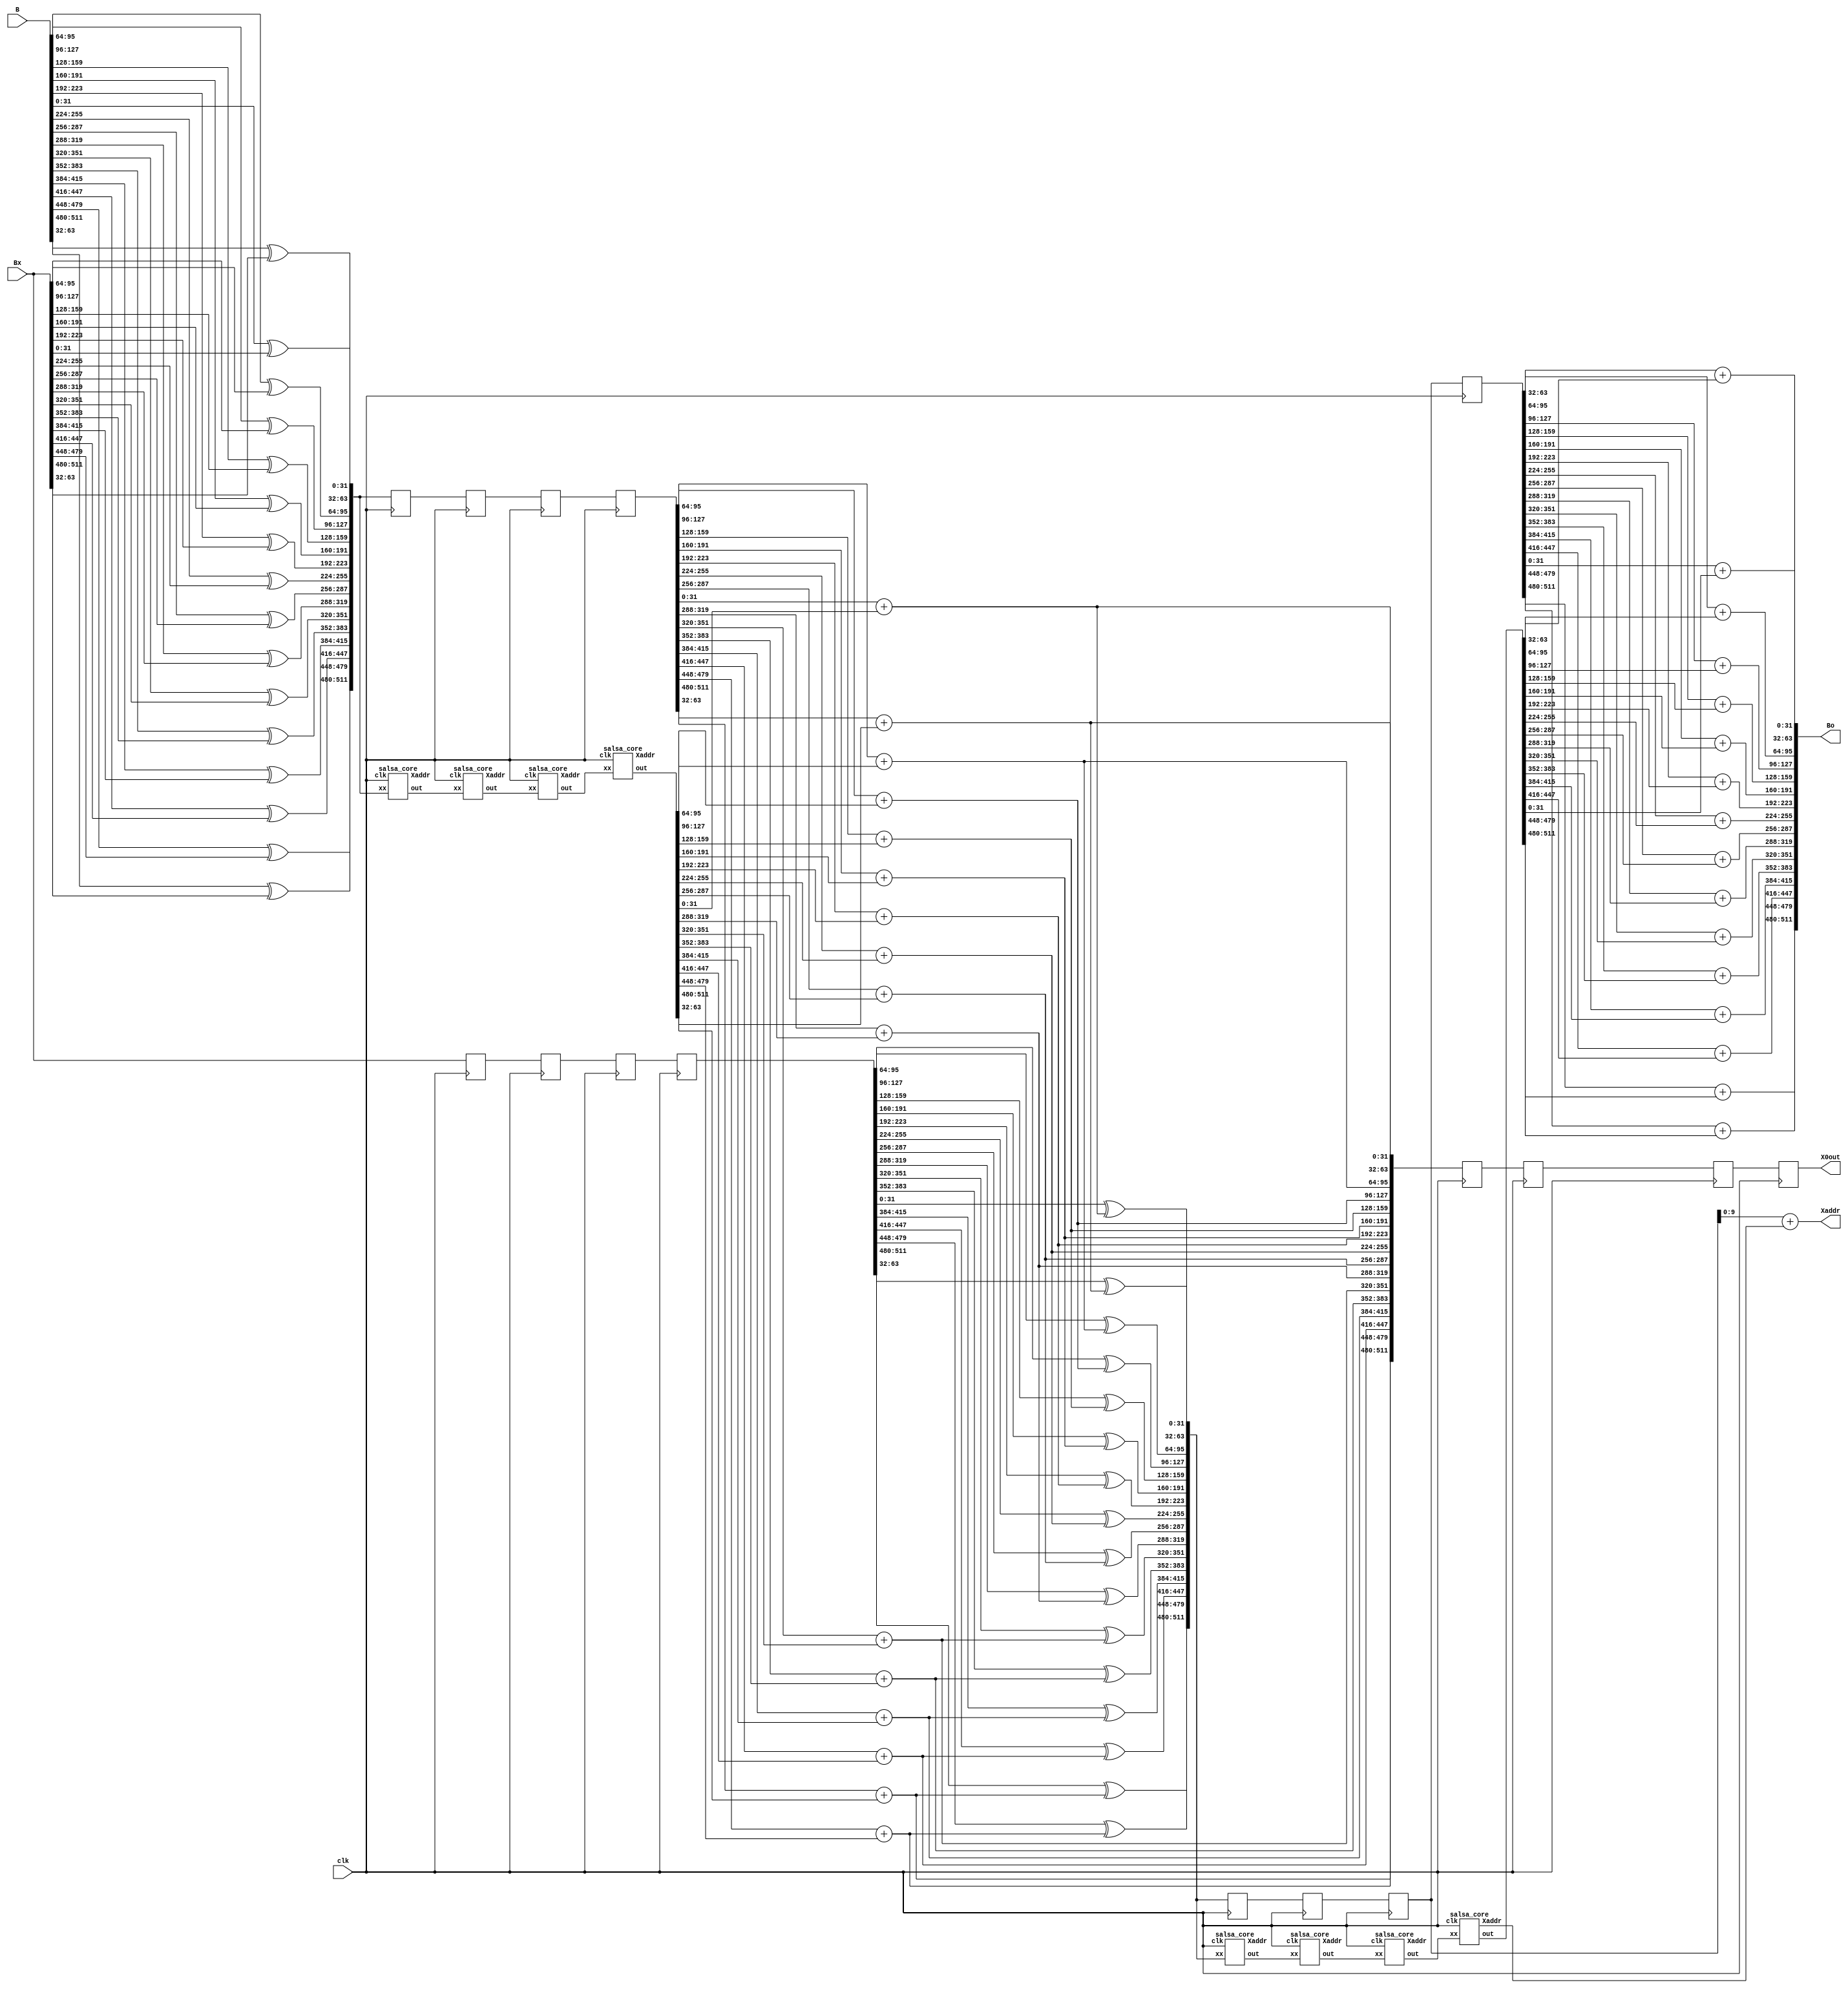
// This program was cloned from: https://github.com/kramble/FPGA-Litecoin-Miner
// License: GNU General Public License v3.0

/* salsa_sloweight.v
*
* Copyright (c) 2013 kramble
* Derived from scrypt.c Copyright 2009 Colin Percival, 2011 ArtForz
*
* This program is free software: you can redistribute it and/or modify
* it under the terms of the GNU General Public License as published by
* the Free Software Foundation, either version 3 of the License, or
* (at your option) any later version.
*
* This program is distributed in the hope that it will be useful,
* but WITHOUT ANY WARRANTY; without even the implied warranty of
* MERCHANTABILITY or FITNESS FOR A PARTICULAR PURPOSE.  See the
* GNU General Public License for more details.
*
* You should have received a copy of the GNU General Public License
* along with this program.  If not, see <http://www.gnu.org/licenses/>.
* 
*/

`timescale 1ns/1ps

`define IDX(x) (((x)+1)*(32)-1):((x)*(32))

module salsa (clk, B, Bx, Bo, X0out, Xaddr);

// Latency 8 clock cycles, approx 40nS propagation delay (SLOW!)

input clk;
// input feedback;
input [511:0]B;
input [511:0]Bx;
// output reg [511:0]Bo;	// Output is registered
output [511:0]Bo;			// Output is async
output [511:0]X0out;		// Becomes new X0
output [9:0] Xaddr;
wire [9:0] xa1, xa2, xa3, xa4, ya1, ya2, ya3, ya4;

reg [511:0]x1d1;
reg [511:0]x1d2;
reg [511:0]x1d3;
reg [511:0]x1d4;

reg [511:0]Xod1;
reg [511:0]Xod2;
reg [511:0]Xod3;
reg [511:0]X0out;

reg [511:0]xxd1;
reg [511:0]xxd2;
reg [511:0]xxd3;
reg [511:0]xxd4;

reg [511:0]yyd1;
reg [511:0]yyd2;
reg [511:0]yyd3;
reg [511:0]yyd4;

wire [511:0]xx;			// Initial xor
wire [511:0]x1;			// Salasa core outputs
wire [511:0]x2;
wire [511:0]x3;
wire [511:0]xr;
wire [511:0]Xo;

// Four salsa iterations. NB use registered salsa_core so 4 clock cycles.
salsa_core salsax1 (clk, xx, x1, xa1);
salsa_core salsax2 (clk, x1, x2, xa2);
salsa_core salsax3 (clk, x2, x3, xa3);
salsa_core salsax4 (clk, x3, xr, xa4);

wire [511:0]yy;			// Initial xor
wire [511:0]y1;			// Salasa core outputs
wire [511:0]y2;
wire [511:0]y3;
wire [511:0]yr;

// Four salsa iterations. NB use registered salsa_core so 4 clock cycles.
salsa_core salsay1 (clk, yy, y1, ya1);
salsa_core salsay2 (clk, y1, y2, ya2);
salsa_core salsay3 (clk, y2, y3, ya3);
salsa_core salsay4 (clk, y3, yr, ya4);

assign Xaddr = yyd3[9:0] + ya4;

genvar i;
generate
	for (i = 0; i < 16; i = i + 1) begin : XX
		// Initial XOR. NB this adds to the propagation delay of the first salsa, may want register it.
		assign xx[`IDX(i)] = B[`IDX(i)] ^ Bx[`IDX(i)];
		assign Xo[`IDX(i)] = xxd4[`IDX(i)] + xr[`IDX(i)];
		assign yy[`IDX(i)] = x1d4[`IDX(i)] ^ Xo[`IDX(i)];
		assign Bo[`IDX(i)] = yyd4[`IDX(i)] + yr[`IDX(i)];	// Async output
	end
endgenerate

always @ (posedge clk)
begin
	x1d1 <= Bx;
	x1d2 <= x1d1;
	x1d3 <= x1d2;
	x1d4 <= x1d3;
	Xod1 <= Xo;
	Xod2 <= Xod1;
	Xod3 <= Xod2;
	X0out <= Xod3;	// We output this to become new X0

	xxd1 <= xx;
	xxd2 <= xxd1;
	xxd3 <= xxd2;
	xxd4 <= xxd3;

	yyd1 <= yy;
	yyd2 <= yyd1;
	yyd3 <= yyd2;
	yyd4 <= yyd3;
end

endmodule

module salsa_core (clk, xx, out, Xaddr);

input clk;
input [511:0]xx;
output reg [511:0]out;		// Output is registered
// output [511:0]out;		// Output is unregistered
output [9:0] Xaddr;

// This is clunky due to my lack of verilog skills but it works so elegance can come later

wire [31:0]c00;			// Column results
wire [31:0]c01;
wire [31:0]c02;
wire [31:0]c03;
wire [31:0]c04;
wire [31:0]c05;
wire [31:0]c06;
wire [31:0]c07;
wire [31:0]c08;
wire [31:0]c09;
wire [31:0]c10;
wire [31:0]c11;
wire [31:0]c12;
wire [31:0]c13;
wire [31:0]c14;
wire [31:0]c15;

wire [31:0]r00;			// Row results
wire [31:0]r01;
wire [31:0]r02;
wire [31:0]r03;
wire [31:0]r04;
wire [31:0]r05;
wire [31:0]r06;
wire [31:0]r07;
wire [31:0]r08;
wire [31:0]r09;
wire [31:0]r10;
wire [31:0]r11;
wire [31:0]r12;
wire [31:0]r13;
wire [31:0]r14;
wire [31:0]r15;

wire [31:0]c00s;			// Column sums
wire [31:0]c01s;
wire [31:0]c02s;
wire [31:0]c03s;
wire [31:0]c04s;
wire [31:0]c05s;
wire [31:0]c06s;
wire [31:0]c07s;
wire [31:0]c08s;
wire [31:0]c09s;
wire [31:0]c10s;
wire [31:0]c11s;
wire [31:0]c12s;
wire [31:0]c13s;
wire [31:0]c14s;
wire [31:0]c15s;

wire [31:0]r00s;			// Row sums
wire [31:0]r01s;
wire [31:0]r02s;
wire [31:0]r03s;
wire [31:0]r04s;
wire [31:0]r05s;
wire [31:0]r06s;
wire [31:0]r07s;
wire [31:0]r08s;
wire [31:0]r09s;
wire [31:0]r10s;
wire [31:0]r11s;
wire [31:0]r12s;
wire [31:0]r13s;
wire [31:0]r14s;
wire [31:0]r15s;

/* From scrypt.c

#define R(a,b) (((a) << (b)) | ((a) >> (32 - (b))))
	for (i = 0; i < 8; i += 2) {
		// Operate on columns
		x04 ^= R(x00+x12, 7);	x09 ^= R(x05+x01, 7);	x14 ^= R(x10+x06, 7);	x03 ^= R(x15+x11, 7);
		x08 ^= R(x04+x00, 9);	x13 ^= R(x09+x05, 9);	x02 ^= R(x14+x10, 9);	x07 ^= R(x03+x15, 9);
		x12 ^= R(x08+x04,13);	x01 ^= R(x13+x09,13);	x06 ^= R(x02+x14,13);	x11 ^= R(x07+x03,13);
		x00 ^= R(x12+x08,18);	x05 ^= R(x01+x13,18);	x10 ^= R(x06+x02,18);	x15 ^= R(x11+x07,18);

		// Operate on rows
		x01 ^= R(x00+x03, 7);	x06 ^= R(x05+x04, 7);	x11 ^= R(x10+x09, 7);	x12 ^= R(x15+x14, 7);
		x02 ^= R(x01+x00, 9);	x07 ^= R(x06+x05, 9);	x08 ^= R(x11+x10, 9);	x13 ^= R(x12+x15, 9);
		x03 ^= R(x02+x01,13);	x04 ^= R(x07+x06,13);	x09 ^= R(x08+x11,13);	x14 ^= R(x13+x12,13);
		x00 ^= R(x03+x02,18);	x05 ^= R(x04+x07,18);	x10 ^= R(x09+x08,18);	x15 ^= R(x14+x13,18);
	}
*/

// cols

assign c04s = xx[`IDX(0)] + xx[`IDX(12)];
assign c04 = xx[`IDX(4)] ^ { c04s[24:0], c04s[31:25] };
assign c09s = xx[`IDX(5)] + xx[`IDX(1)];
assign c09 = xx[`IDX(9)] ^ { c09s[24:0], c09s[31:25] };
assign c14s = xx[`IDX(10)] + xx[`IDX(6)];
assign c14 = xx[`IDX(14)] ^ { c14s[24:0], c14s[31:25] };
assign c03s = xx[`IDX(15)] + xx[`IDX(11)];
assign c03 = xx[`IDX(03)] ^ { c03s[24:0], c03s[31:25] };

assign c08s = c04 + xx[`IDX(0)];
assign c08 = xx[`IDX(8)] ^ { c08s[22:0], c08s[31:23] };
assign c13s = c09 + xx[`IDX(5)];
assign c13 = xx[`IDX(13)] ^ { c13s[22:0], c13s[31:23] };
assign c02s = c14 + xx[`IDX(10)];
assign c02 = xx[`IDX(2)] ^ { c02s[22:0], c02s[31:23] };
assign c07s = c03 + xx[`IDX(15)];
assign c07 = xx[`IDX(7)] ^ { c07s[22:0], c07s[31:23] };

assign c12s = c08 + c04;
assign c12 = xx[`IDX(12)] ^ { c12s[18:0], c12s[31:19] };
assign c01s = c13 + c09;
assign c01 = xx[`IDX(1)] ^ { c01s[18:0], c01s[31:19] };
assign c06s = c02 + c14;
assign c06 = xx[`IDX(6)] ^ { c06s[18:0], c06s[31:19] };
assign c11s = c07 + c03;
assign c11 = xx[`IDX(11)] ^ { c11s[18:0], c11s[31:19] };

assign c00s = c12 + c08;
assign c00 = xx[`IDX(0)] ^ { c00s[13:0], c00s[31:14] };
assign c05s = c01 + c13;
assign c05 = xx[`IDX(5)] ^ { c05s[13:0], c05s[31:14] };
assign c10s = c06 + c02;
assign c10 = xx[`IDX(10)] ^ { c10s[13:0], c10s[31:14] };
assign c15s = c11 + c07;
assign c15 = xx[`IDX(15)] ^ { c15s[13:0], c15s[31:14] };

// rows

assign r01s = c00 + c03;
assign r01 = c01 ^ { r01s[24:0], r01s[31:25] };
assign r06s = c05 + c04;
assign r06 = c06 ^ { r06s[24:0], r06s[31:25] };
assign r11s = c10 + c09;
assign r11 = c11 ^ { r11s[24:0], r11s[31:25] };
assign r12s = c15 + c14;
assign r12 = c12 ^ { r12s[24:0], r12s[31:25] };

assign r02s = r01 + c00;
assign r02 = c02 ^ { r02s[22:0], r02s[31:23] };
assign r07s = r06 + c05;
assign r07 = c07 ^ { r07s[22:0], r07s[31:23] };
assign r08s = r11 + c10;
assign r08 = c08 ^ { r08s[22:0], r08s[31:23] };
assign r13s = r12 + c15;
assign r13 = c13 ^ { r13s[22:0], r13s[31:23] };

assign r03s = r02 + r01;
assign r03 = c03 ^ { r03s[18:0], r03s[31:19] };
assign r04s = r07 + r06;
assign r04 = c04 ^ { r04s[18:0], r04s[31:19] };
assign r09s = r08 + r11;
assign r09 = c09 ^ { r09s[18:0], r09s[31:19] };
assign r14s = r13 + r12;
assign r14 = c14 ^ { r14s[18:0], r14s[31:19] };

assign r00s = r03 + r02;
assign r00 = c00 ^ { r00s[13:0], r00s[31:14] };
assign r05s = r04 + r07;
assign r05 = c05 ^ { r05s[13:0], r05s[31:14] };
assign r10s = r09 + r08;
assign r10 = c10 ^ { r10s[13:0], r10s[31:14] };
assign r15s = r14 + r13;
assign r15 = c15 ^ { r15s[13:0], r15s[31:14] };


// assign out = { r15, r14, r13, r12, r11, r10, r09, r08, r07, r06, r05, r04, r03, r02, r01, r00 };

// Registered output ...
wire [511:0]xo;			// Rename row results
assign xo = { r15, r14, r13, r12, r11, r10, r09, r08, r07, r06, r05, r04, r03, r02, r01, r00 };
assign Xaddr = xo[9:0];

// Output is registered, but may want to make it async
always @ (posedge clk)
	out <= xo;

endmodule